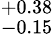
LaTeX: ^{+0.38}_{-0.15}